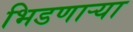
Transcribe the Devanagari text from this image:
भिडणाऱ्या